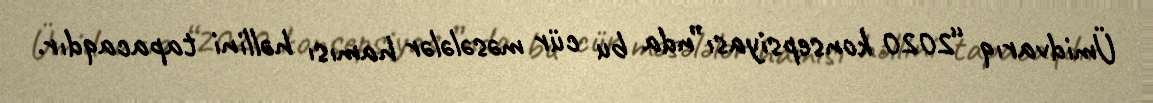
Ümidvarıq “2020 konsepsiyası”nda bu cür məsələlər hamısı həllini tapacaqdır.